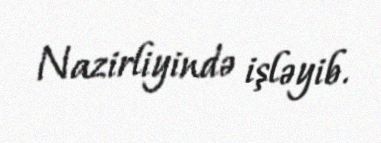
Nazirliyində işləyib.